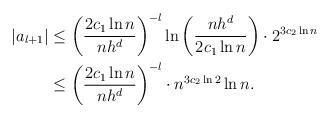
LaTeX: \begin{align*}\begin{aligned}|a_{l+1}| &\le \left(\frac{2c_1\ln n}{nh^d}\right)^{-l}\ln\left(\frac{nh^d}{2c_1\ln n}\right)\cdot 2^{3c_2\ln n} \\&\le \left(\frac{2c_1\ln n}{nh^d}\right)^{-l}\cdot n^{3c_2\ln 2}\ln n. \end{aligned}\end{align*}